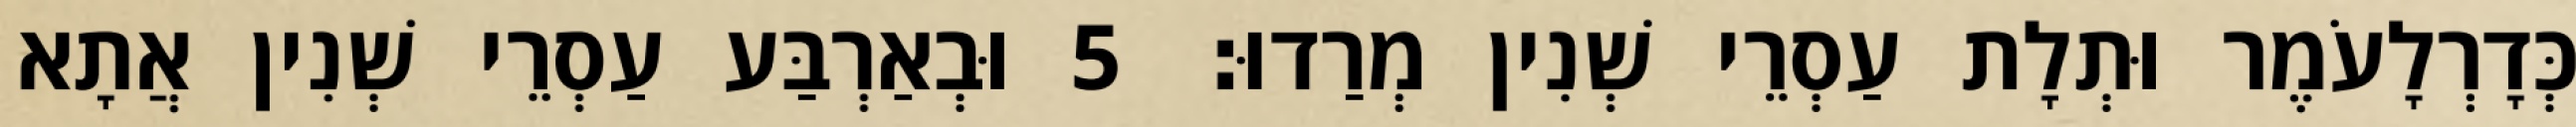
כְּדָרְלָעֹמֶר וּתְלָת עַסְרֵי שְׁנִין מְרַדוּ׃ 5 וּבְאַרְבַּע עַסְרֵי שְׁנִין אֲתָא